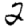
Digit: 2